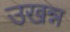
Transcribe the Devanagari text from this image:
उखन्न